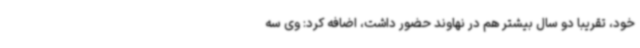
خود، تقریباً دو سال بیشتر هم در نهاوند حضور داشت، اضافه کرد: وی سه